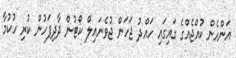
އަންހެން ކުއްޖެއްގެ ގައިގައި ހައްދު ޖަހަން ޖުވެނައިލް ކޯޓުން ދާދިފަހުން ކުރި ހުކުމާ